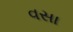
વસા